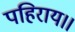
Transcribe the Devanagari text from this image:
पहिराय।।